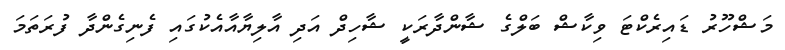
މަޝްހޫރު ޑައިރެކްޓަ ވިކާޝް ބަލްގެ ޝާންދާރަކީ ޝާހިދް އަދި އާލިޔާއާއެކުގައި ފެނިގެންދާ ފުރަތަމަ